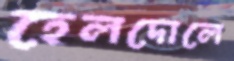
হেলদোলে